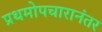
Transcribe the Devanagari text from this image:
प्रथमोपचारानंतर